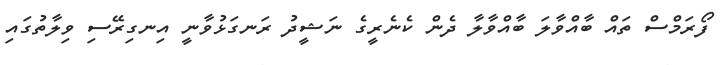
ފޯރަމްސް ތައް ބާއްވާލަ ބާއްވާލާ ދެން ކެނެރީގެ ނަޝީދު ރަނގަޅުވާނީ އިނގިރޭސި ވިލާތުގައި